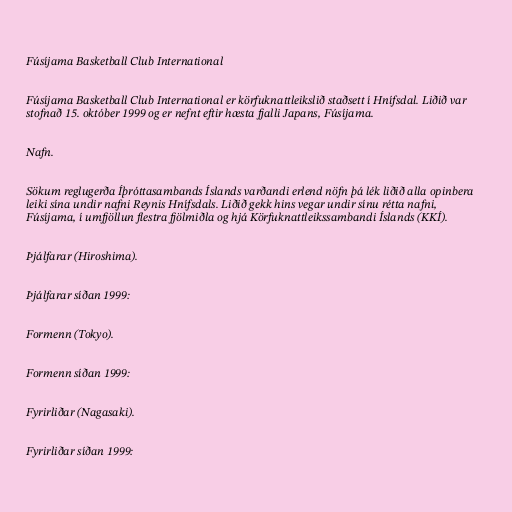
Fúsíjama Basketball Club International

Fúsíjama Basketball Club International er körfuknattleikslið staðsett í Hnífsdal. Liðið var
stofnað 15. október 1999 og er nefnt eftir hæsta fjalli Japans, Fúsíjama.

Nafn.

Sökum reglugerða Íþróttasambands Íslands varðandi erlend nöfn þá lék liðið alla opinbera
leiki sína undir nafni Reynis Hnífsdals. Liðið gekk hins vegar undir sínu rétta nafni,
Fúsíjama, í umfjöllun flestra fjölmiðla og hjá Körfuknattleikssambandi Íslands (KKÍ).

Þjálfarar (Hiroshima).

Þjálfarar síðan 1999:

Formenn (Tokyo).

Formenn síðan 1999:

Fyrirliðar (Nagasaki).

Fyrirliðar síðan 1999: